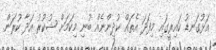
އަޅުގަނޑު ކައިރީގައި މިފަދަ އެތައް ކުދިންނެއް ބުނި މިކަމަށް ޝުކުރު އަދާ ކުރަން.